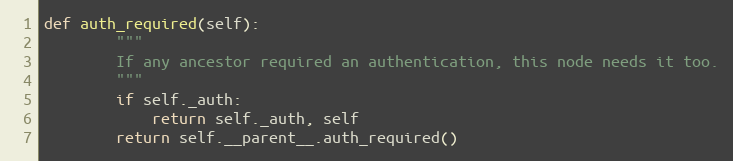
Language: Python
def auth_required(self):
        """
        If any ancestor required an authentication, this node needs it too.
        """
        if self._auth:
            return self._auth, self
        return self.__parent__.auth_required()